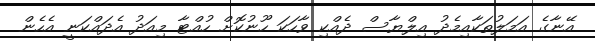
އޭނާގެ އަމަލުތަކާއިމެދު އިލްޔާސް ދެއްކި ވާހަކަ ހޫނުކޮށް ހުއްޓާ މިއަދު އެދައްކަނީ އެހެން